Lunatic asylums Punjab 1881-1894 - 1881-1894
Year: 1881
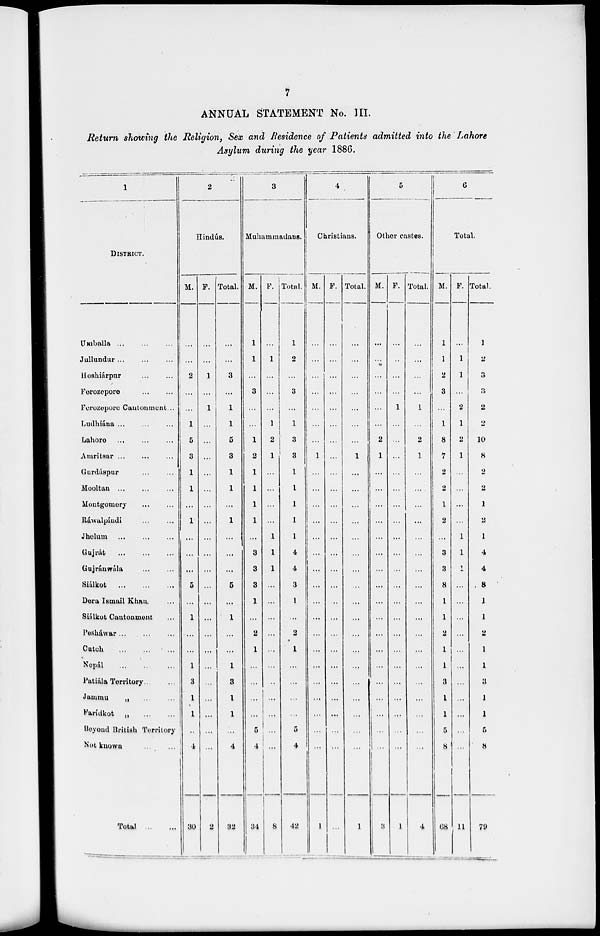
7
ANNUAL STATEMENT No. III.
Return showing the Religion, Sex and Residence of Patients admitted into the Lahore
Asylum during the year 1886.
1
DISTRICT.
Umballa
...
...
...
Jullundur ... ... ...
Hoshiárpur ... ... ...
Forozepore ... ... ...
Ferozepore Cantonment ...
Ludhiána ... ... ...
Lahore
...
...
...
Amritsar ... ... ...
Gurdáspur ... ... ...
Mooltan ... ... ...
Montgomery ... ... ...
Ráwalpindi ... ... ...
Jhelum ... ... ...
Gujrát
...
...
...
Gujráuwála
Siálkot
...
...
...
Dera Ismail Khan. ...
Siálkot Cantonment ...
Pesháwar ... ... ...
Catch
Nopal
Patiála Territory... ...
Jammu
„
...
...
Farídkot „
...
...
Beyond British Territory
Not known
...
...
Total
...
...
2
Hindús.
M.
...
...
2
...
...
1
5
3
1
1
...
1
...
...
...
5
...
1
...
...
1
3
1
1
..
4
30
F.
...
...
1
...
1
...
...
...
...
...
...
...
...
...
...
...
...
...
...
...
...
...
...
...
2
Total.
...
...
3
...
1
1
5
3
1
1
...
1
...
...
...
5
...
1
...
...
1
8
1
1
...
4
32
3
Muhammadans.
M.
1
1
...
3
...
...
1
2
1
1
1
1
...
3
3
3
1
...
2
1
...
...
...
...
5
4
34
F.
...
1
...
...
1
2
1
...
...
...
...
1
1
1
...
...
...
...
...
...
...
...
...
...
...
8
Total.
1
2
...
3
...
1
3
3
1
1
1
1
1
4
4
3
1
...
2
1
...
...
...
...
5
4
42
4
Christians.
M.
...
...
...
...
...
...
1
...
...
...
...
...
...
...
...
...
...
...
...
...
...
...
...
...
1
F.
...
...
...
...
...
...
...
...
...
...
...
...
...
...
...
...
...
...
...
...
...
...
...
...
...
...
...
Total.
...
...
...
...
...
...
...
1
...
...
...
...
...
...
...
...
...
...
...
...
...
...
...
...
...
...
1
5
Other castes.
M.
...
...
...
...
...
...
2
1
...
...
...
...
...
...
...
...
...
...
...
...
...
...
...
...
...
...
3
F.
...
...
...
...
1
...
...
...
...
...
...
...
...
...
...
...
...
...
...
...
...
...
...
...
...
...
1
Total.
...
...
...
...
1
...
2
1
...
...
...
...
...
...
...
...
...
...
...
...
...
...
...
...
...
...
4
6
Total.
M.
1
1
2
3
...
1
8
7
2
...
1
2
...
3
3
8
1
1
2
1
1
3
1
1
5
8
68
F.
...
1
1
...
2
1
2
1
...
...
...
...
1
1
1
...
...
...
...
...
...
...
...
...
...
...
11
Total.
1
2
3
3
2
2
10
8
2
2
1
2
1
4
4
8
1
1
2
1
1
3
1
1
5
8
79